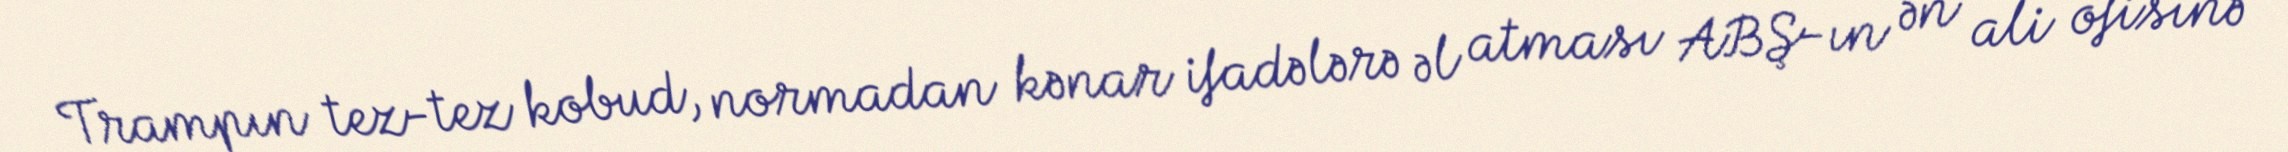
Trampın tez-tez kobud, normadan kənar ifadələrə əl atması ABŞ-ın ən ali ofisinə